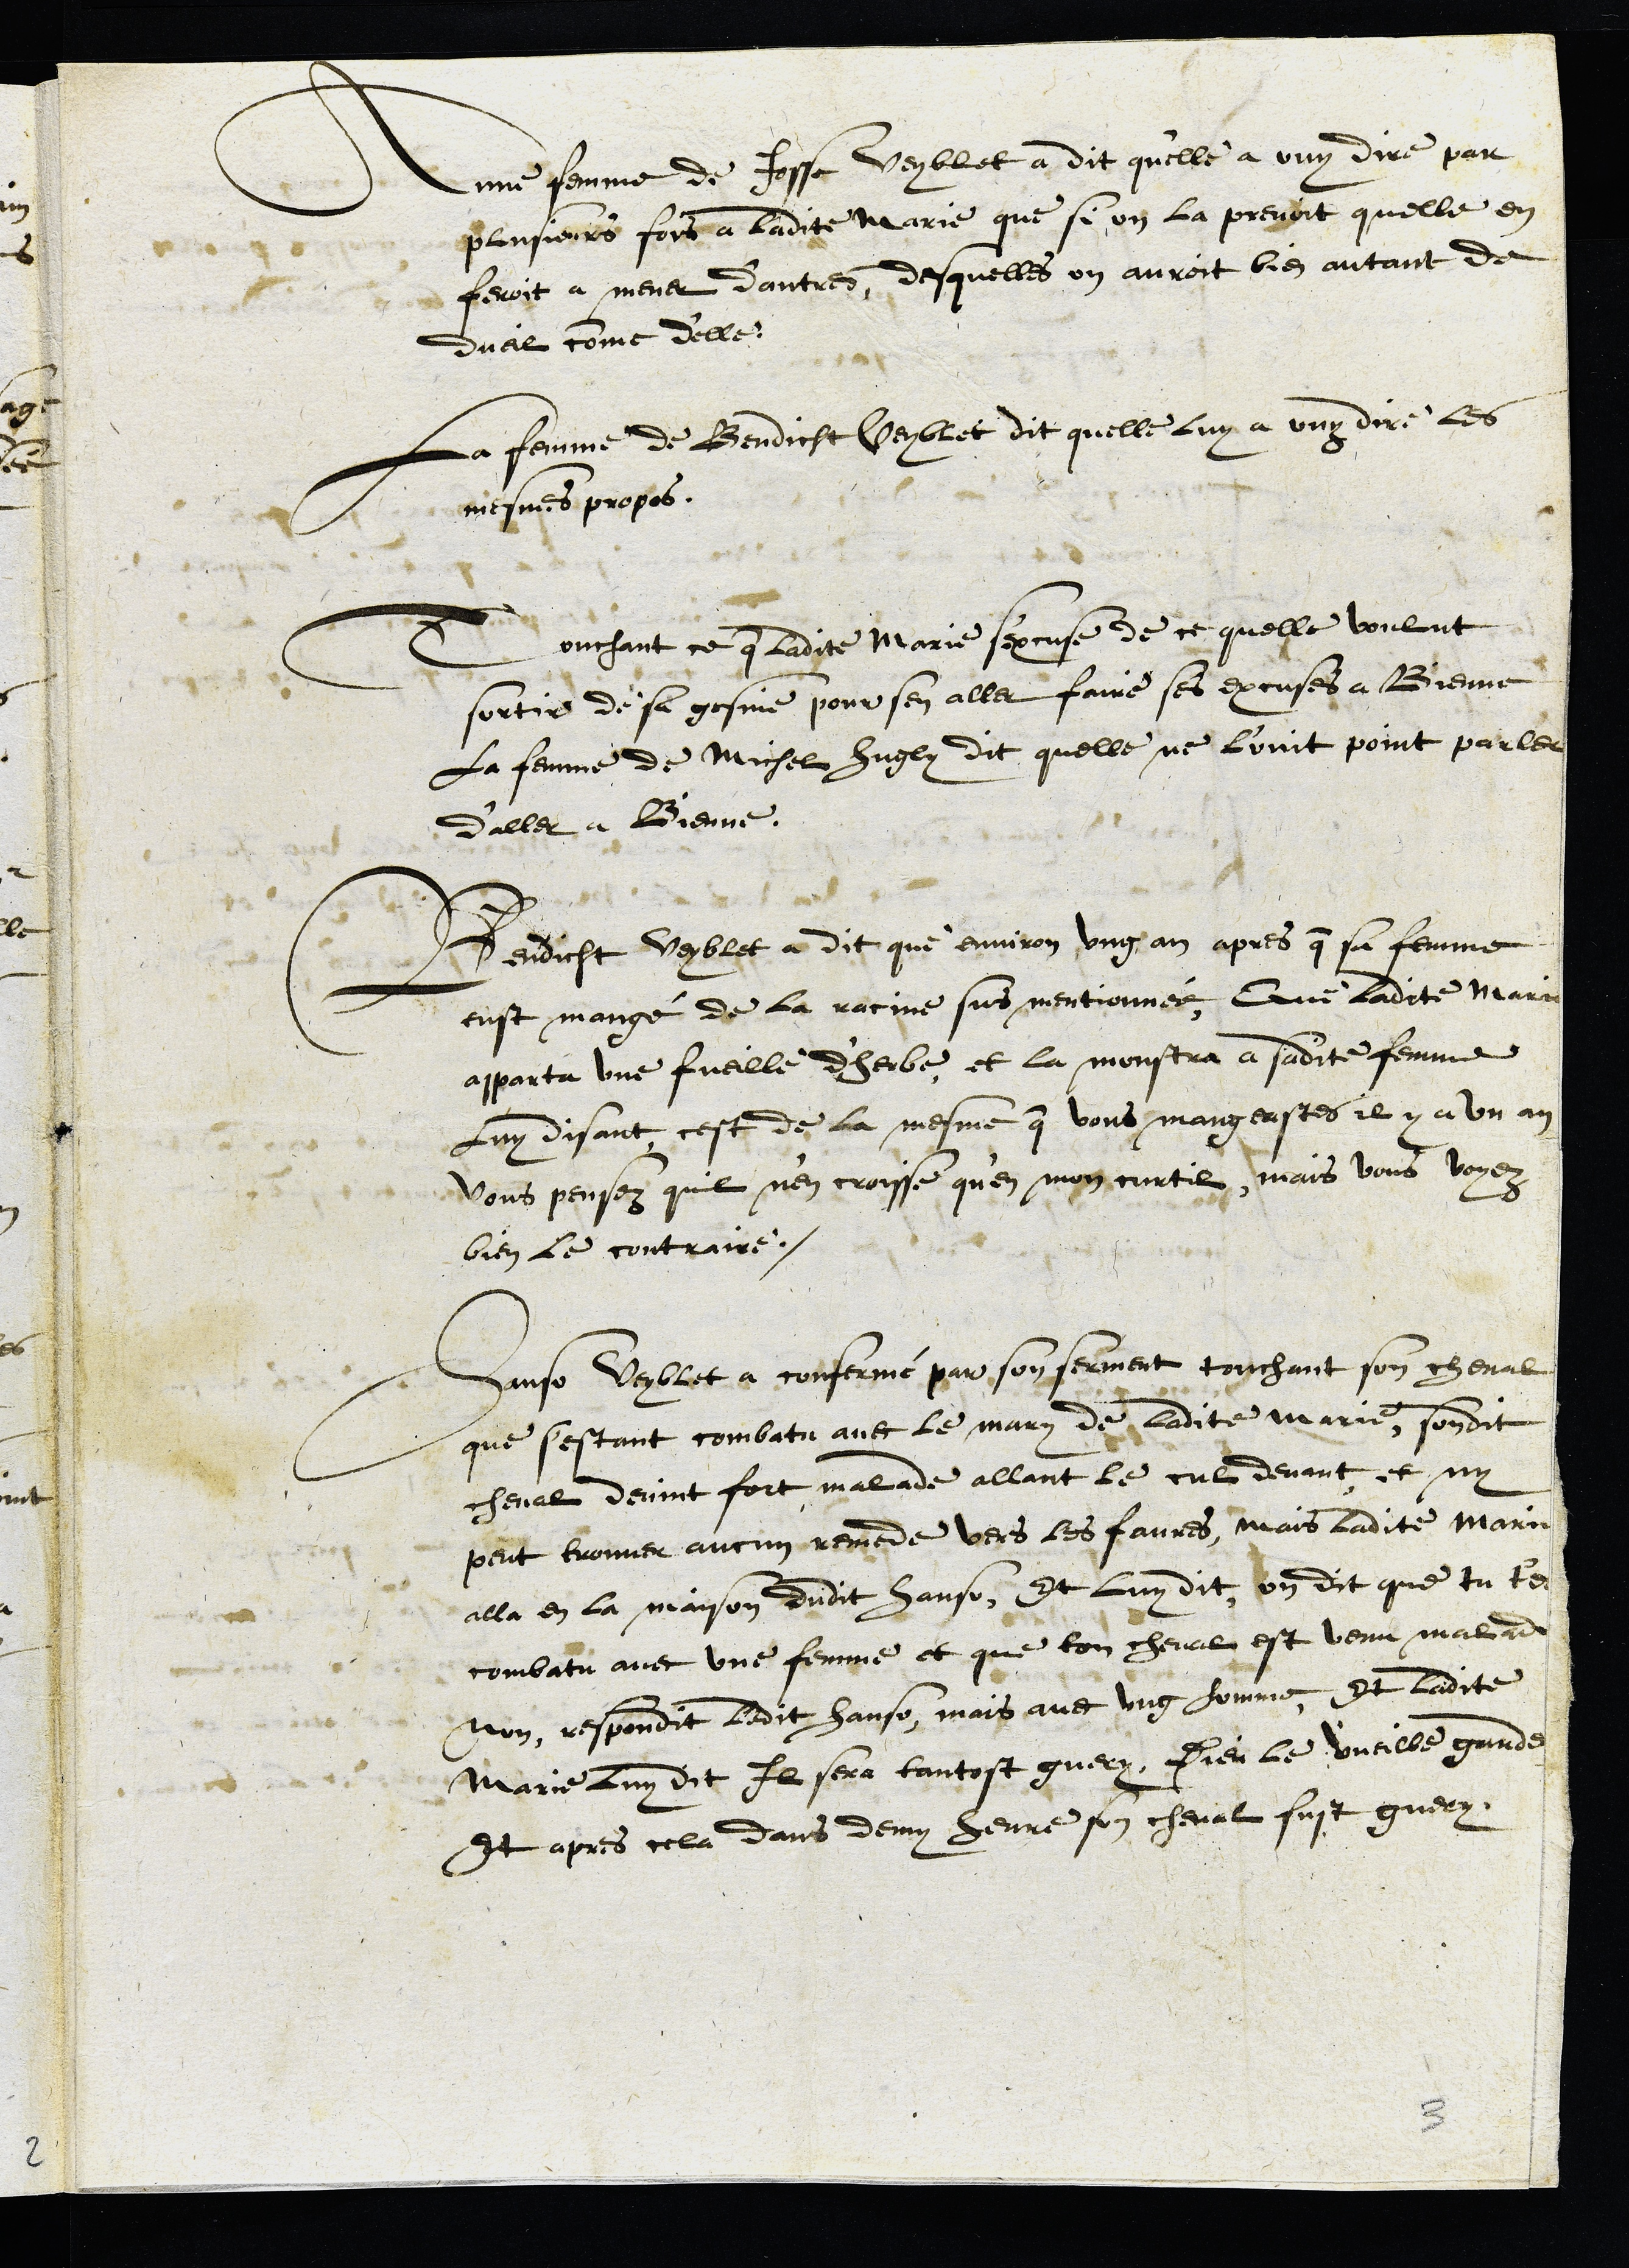
Anne femme de Josse Veyblet a dit qu'elle a ouy dire par
plusieurs fois a ladite Marie que si on la prenoit quelle en
feroit a mener d'autres, desquelles on auroit bien autant de
dueil comme d'elle
La femme de Bendicht Veyblet dit quelle luy a ouy dire les
mesmes propos.
Touchant ce que ladite Marie s'excuse de ce quelle voulut
sortir de sa gesine pour sen aller faire ses excuses a Bienne
La femme de Michel Hugly dit quelle ne l'ouit point parler
d'aller a Bienne.
Bendicht Veyblet a dit que environ ung an apres que sa femme
eust mangé de la racine sur mentionnée, Que ladicte Marie
apporta une fueille d'herbe, et la monstra a sadite femme
luy disant cest de la mesme que vous mangeastes il y a un an
vous pensez quil nen croisse qu'en mon curtil, mais vous voyez
bien le contraire.
Hanso Veyblet a confermé par son ferment touchant son cheval
que s'estant combatu avec le mary de ladite Marie, sondit
cheval devint fort malade allant le cul devant, et ny
peut trouver aucun remede vers les favres, mais ladite Marie
alla en la maison dudit Hanso, Et luy dit, on dit que tu t'es
combattu avec une femme et que ton cheval est venu malade
non, respondit ledit Hanso, mais avec ung homme, Et ladite
Marie luy dit Il sera tantost guery, Dieu le vueille garde
Et apres cela dans demy heure son cheval fust guery
3